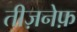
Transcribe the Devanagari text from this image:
तीज़नेफ़